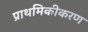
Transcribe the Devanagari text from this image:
प्राथमिकीकरण